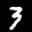
Label: 3